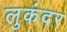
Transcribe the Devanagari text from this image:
लुकंदर